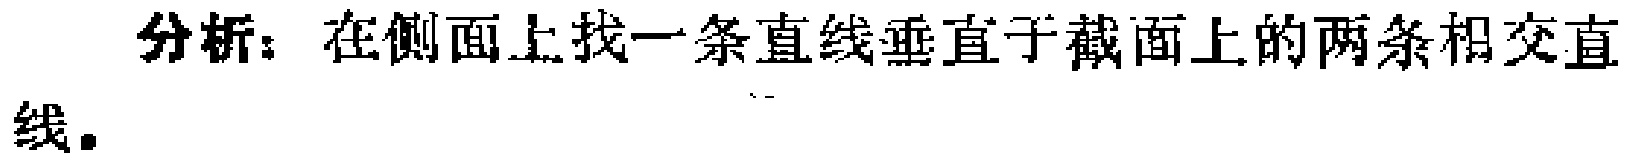
分析：在侧面上找一条直线垂直于截面上的两条相交直线。